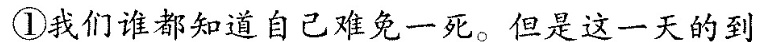
①我们谁都知道自己难免一死。但是这一天的到